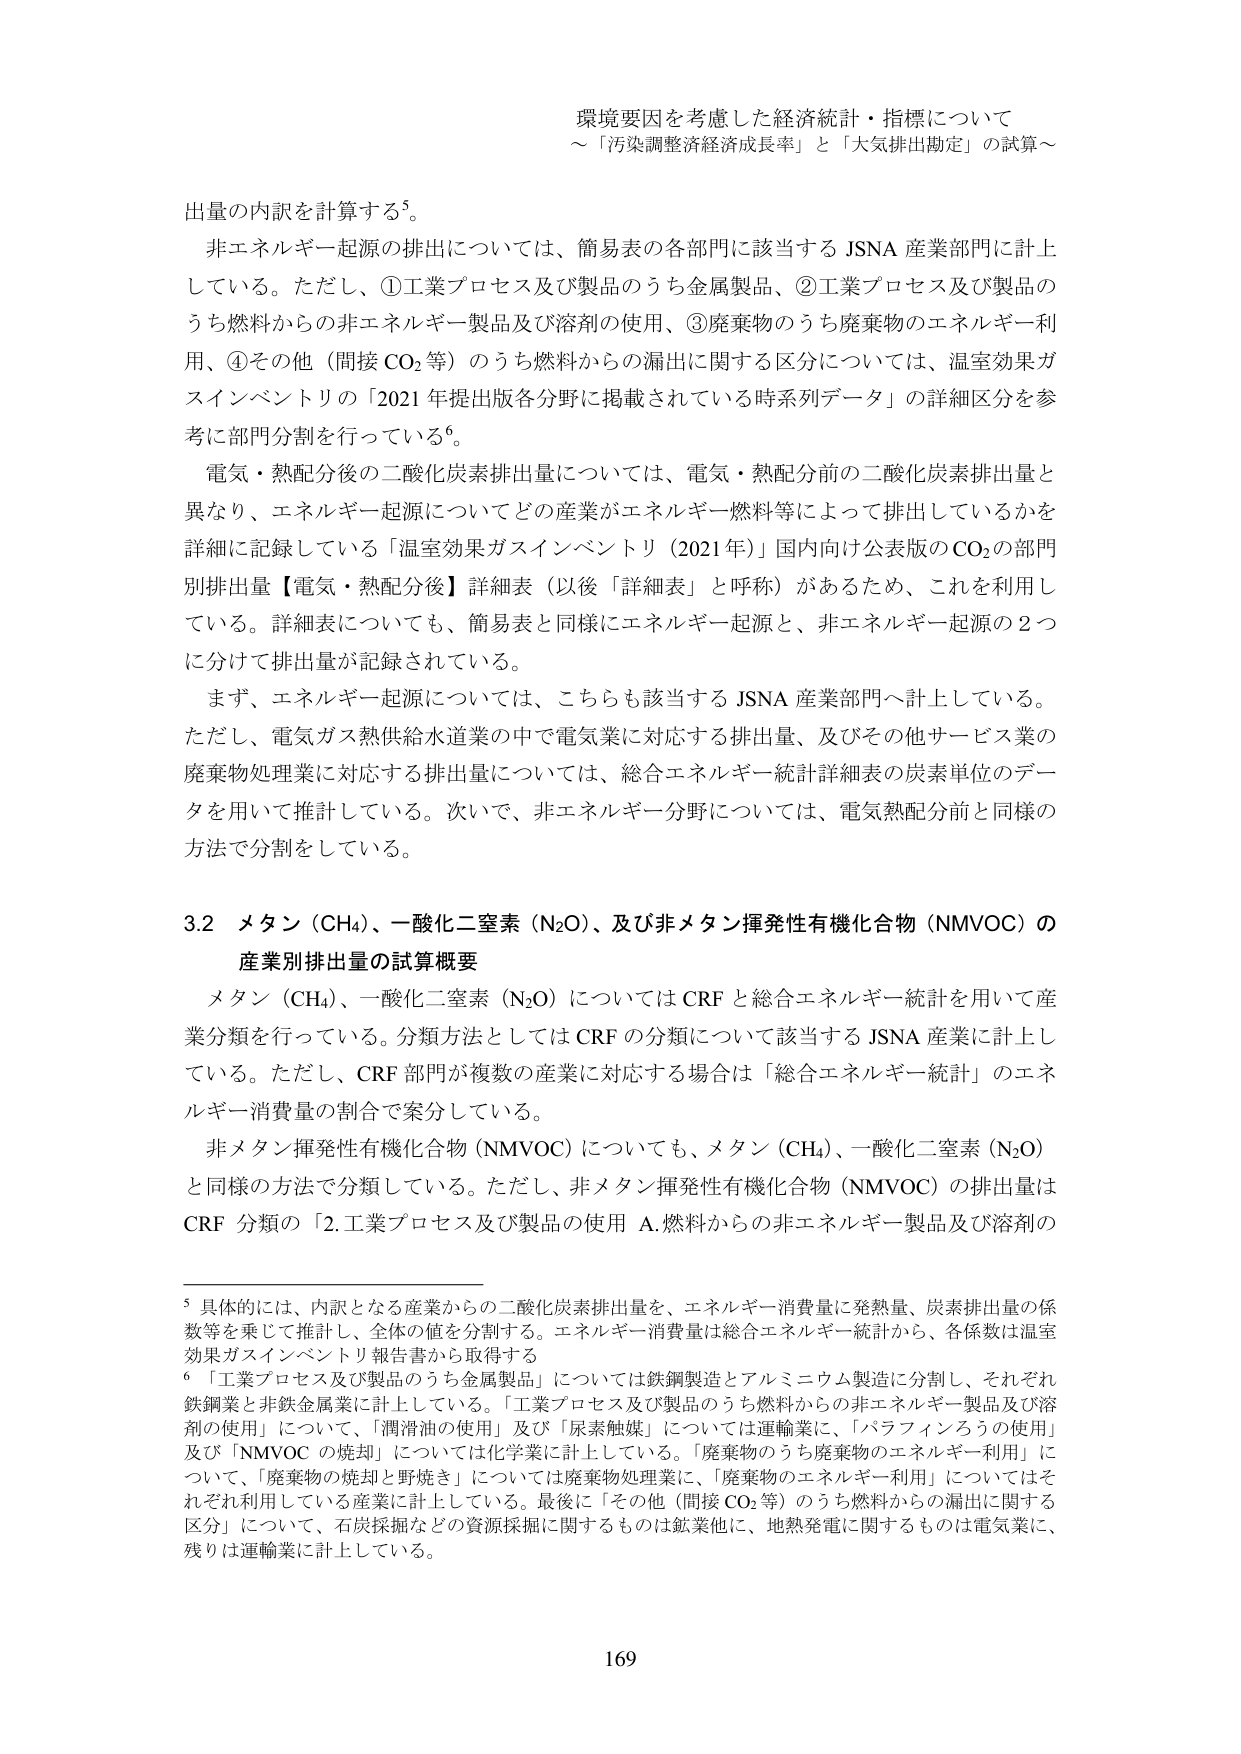
環境要因を考慮した経済統計・指標について
～「汚染調整経済成長率」と「大気排出勘定」の試算～

出量の内訳を計算する⁵。
非エネルギー起源の排出については、簡易表の各部門に該当する JSNA 産業部門に計上している。ただし、①工業プロセス及び製品のうち金属製品、②工業プロセス及び製品のうち燃料からの非エネルギー製品及び溶剤の使用、③廃棄物のうち廃棄物のエネルギー利用、④その他（間接 CO₂ 等）のうち燃料からの漏出に関する区分については、温室効果ガスインベントリの「2021 年提出版各分野に掲載されている時系列データ」の詳細区分を参考に部門分割を行っている⁶。
電気・熱配分後の二酸化炭素排出量については、電気・熱配分前の二酸化炭素排出量と異なり、エネルギー起源についてどの産業がエネルギー燃料等によって排出しているかを詳細に記録している「温室効果ガスインベントリ（2021 年）」国内向け公表版の CO₂ の部門別排出量【電気・熱配分後】詳細表（以後「詳細表」と呼称）があるため、これを利用している。詳細表についても、簡易表と同様にエネルギー起源と、非エネルギー起源の２つに分けて排出量が記録されている。
まず、エネルギー起源については、こちらも該当する JSNA 産業部門へ計上している。ただし、電気ガス熱供給水道業の中で電気業に対応する排出量、及びその他サービス業の廃棄物処理業に対応する排出量については、総合エネルギー統計詳細表の炭素単位のデータを用いて推計している。次いで、非エネルギー分野については、電気熱配分前と同様の方法で分割をしている。

3.2 メタン（CH₄）、一酸化二窒素（N₂O）、及び非メタン揮発性有機化合物（NMVOC）の
産業別排出量の試算概要
メタン（CH₄）、一酸化二窒素（N₂O）については CRF と総合エネルギー統計を用いて産業分類を行っている。分類方法としては CRF の分類について該当する JSNA 産業に計上している。ただし、CRF 部門が複数の産業に対応する場合は「総合エネルギー統計」のエネルギー消費量の割合で案分している。
非メタン揮発性有機化合物（NMVOC）についても、メタン（CH₄）、一酸化二窒素（N₂O）と同様の方法で分類している。ただし、非メタン揮発性有機化合物（NMVOC）の排出量は CRF 分類の「2.工業プロセス及び製品の使用 A.燃料からの非エネルギー製品及び溶剤の

⁵ 具体的には、内訳となる産業からの二酸化炭素排出量を、エネルギー消費量に発熱量、炭素排出量の係数等を乗じて推計し、全体の値を分割する。エネルギー消費量は総合エネルギー統計から、各係数は温室効果ガスインベントリ報告書から取得する
⁶ 「工業プロセス及び製品のうち金属製品」については鉄鋼製造とアルミニウム製造に分割し、それぞれ鉄鋼業と非鉄金属業に計上している。「工業プロセス及び製品のうち燃料からの非エネルギー製品及び溶剤の使用」については、「潤滑油の使用」及び「尿素触媒」については運輸業に、「パラフィンろうの使用」及び「NMVOC の焼却」については化学業に計上している。「廃棄物のうち廃棄物のエネルギー利用」について、「廃棄物の焼却と野焼き」については廃棄物処理業に、「廃棄物のエネルギー利用」についてはそれぞれ利用している産業に計上している。最後に「その他（間接 CO₂ 等）のうち燃料からの漏出に関する区分」について、石炭採掘などの資源採掘に関するものは鉱業他に、地熱発電に関するものは電気業に、残りは運輸業に計上している。

169